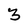
Character: 3